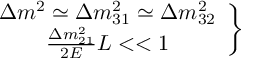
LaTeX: \left. \begin{array} { c } { { \Delta m ^ { 2 } \simeq \Delta m _ { 3 1 } ^ { 2 } \simeq \Delta m _ { 3 2 } ^ { 2 } } } \\ { { \frac { \Delta m _ { 2 1 } ^ { 2 } } { 2 E } L < < 1 } } \end{array} \right\}